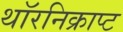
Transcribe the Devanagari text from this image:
थॉरनिक्राप्ट